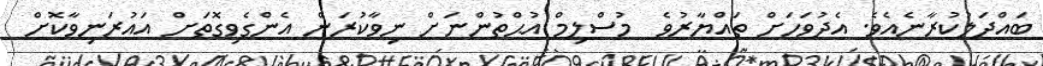
ބައްދަލުކުރާނެއެވެ. އެދުވަހަށް ތައްޔާރުވެ  މުސްލިމް އުޙްތުންނަށް ނިވާކުރަން އެންގެވިގޮތަށް އައުރަނިވާކޮށް